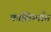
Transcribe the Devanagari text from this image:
कालिम्पाँग